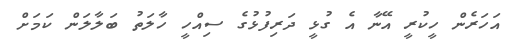
އަހަރެން ހީކުރީ އޭނާ އެ ގުޅީ ދަރިފުޅުގެ ސިއްހީ ހާލަތު ބަލާލަން ކަމަށް